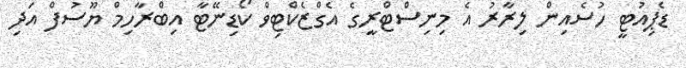
ޑެޕިއުޓީ ހުސެއިން ލިރާރު އެ މިނިސްޓްރީގެ އެގްޒެކްޓިވް ކޯޑިނޭޓާ އިބްރާހިމް ޔޫސުފް އަދި